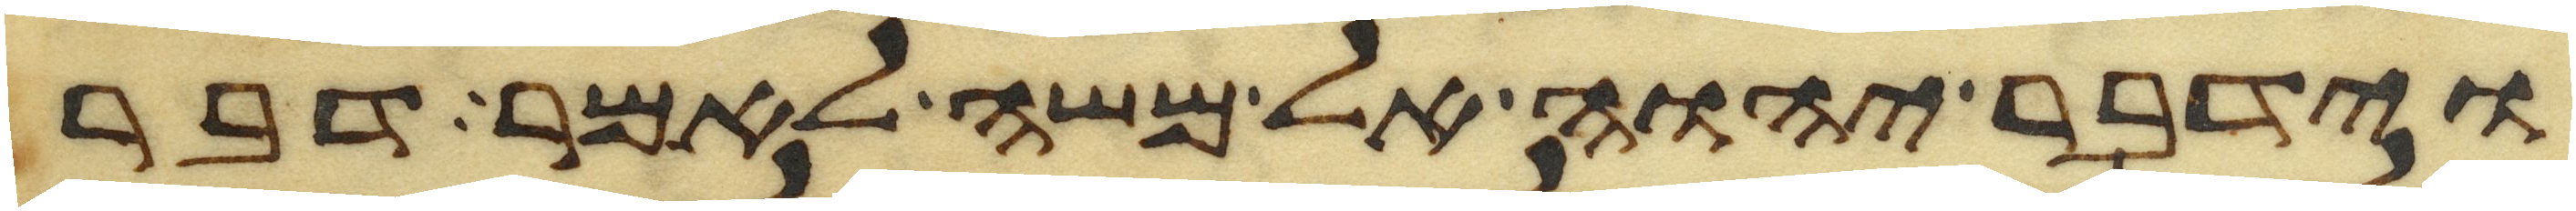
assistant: וידבר יהוה אל משה לאמר דבר